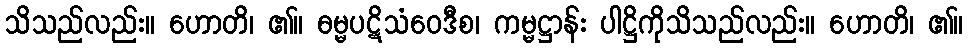
သိသည်လည်း။ ဟောတိ၊ ၏။ ဓမ္မပဋိသံဝေဒီစ၊ ကမ္မဋ္ဌာန်း ပါဋ္ဌိကိုသိသည်လည်း။ ဟောတိ၊ ၏။